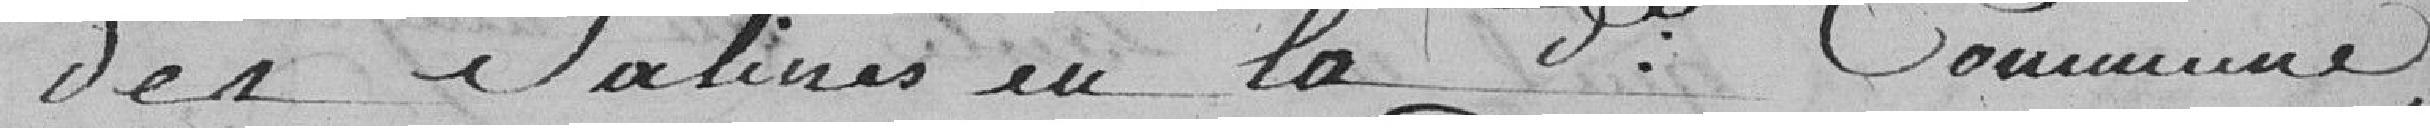
des salines en la dite commune,